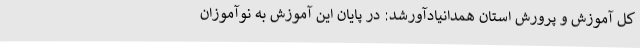
کل آموزش و پرورش استان همدانیادآورشد: در پایان این آموزش به نوآموزان